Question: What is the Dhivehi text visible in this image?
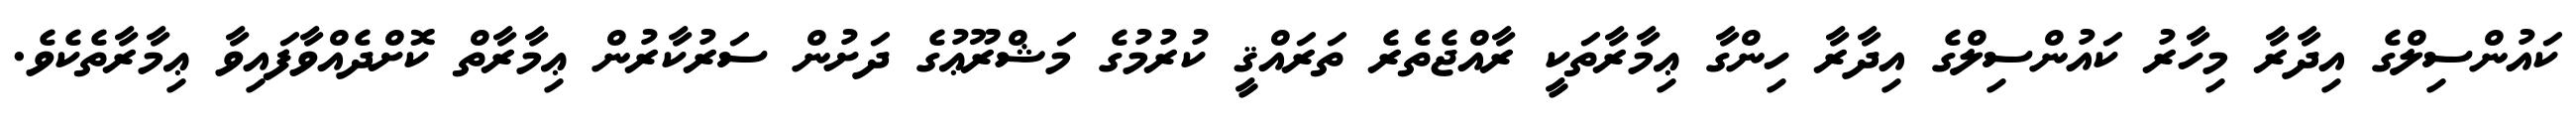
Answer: ކައުންސިލްގެ އިދާރާ މިހާރު ކައުންސިލްގެ އިދާރާ ހިންގާ ޢިމާރާތަކީ ރާއްޖެތެރެ ތަރައްޤީ ކުރުމުގެ މަޝްރޫޢުގެ ދަށުން ސަރުކާރުން ޢިމާރާތް ކޮށްދެއްވާފައިވާ ޢިމާރާތެކެވެ.